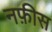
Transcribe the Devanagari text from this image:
नफ़ीस